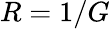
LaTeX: R=1/G